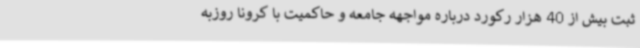
ثبت بیش از 40 هزار رکورد درباره مواجهه جامعه و حاکمیت با کرونا روزبه